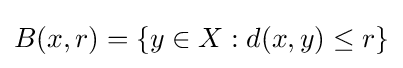
B(x,r)=\{y\in X:d(x,y)\leq r\}